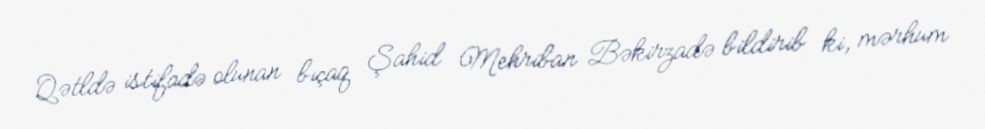
Qətldə istifadə olunan bıçaq Şahid Mehriban Bəkirzadə bildirib ki, mərhum